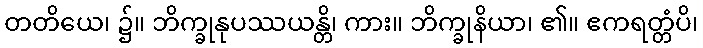
တတိယေ၊ ၌။ ဘိက္ခုနုပဿယန္တိ၊ ကား။ ဘိက္ခုနိယာ၊ ၏။ ဧကရတ္တံပိ၊